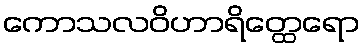
ကောသလဝိဟာရိတ္ထေရော